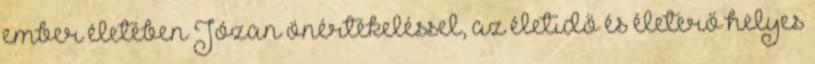
ember életében Józan önértékeléssel, az életidő és életerő helyes